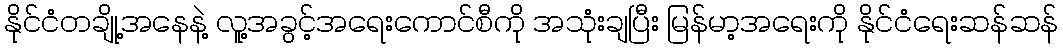
နိုင်ငံတချို့အနေနဲ့ လူ့အခွင့်အရေးကောင်စီကို အသုံးချပြီး မြန်မာ့အရေးကို နိုင်ငံရေးဆန်ဆန်